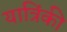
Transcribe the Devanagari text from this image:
यात्रिंकी